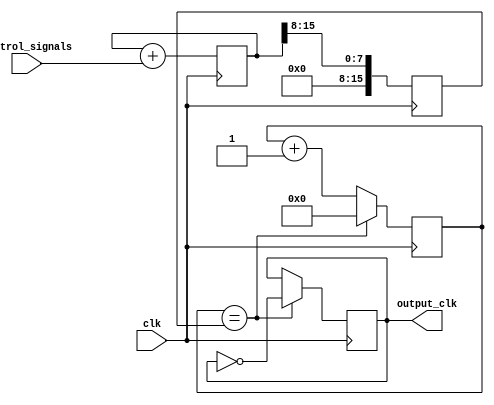
module fractional_clock_divider (
    input wire clk,
    input wire [7:0] control_signals,
    output reg output_clk
);

reg [15:0] counter;
reg [15:0] divisor;
reg [15:0] accumulator;

always @(posedge clk) begin
    // Update accumulator based on control signals
    accumulator <= accumulator + control_signals;
    
    // Update divisor based on accumulator
    divisor <= accumulator >> 8;
    
    // Divide input clock signal by non-integer value
    if (counter == divisor) begin
        output_clk <= ~output_clk;
        counter <= 0;
    end else begin
        counter <= counter + 1;
    end
end

endmodule